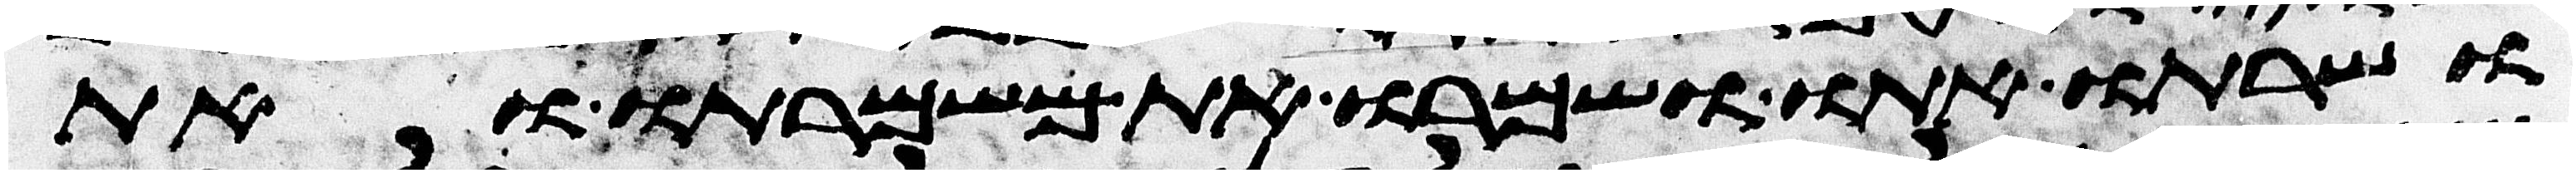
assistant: ושרתו אתו ושמרו את משמרתו ואת